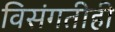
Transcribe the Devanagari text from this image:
विसंगतीही